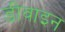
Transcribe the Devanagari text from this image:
डीवाइन